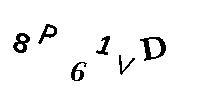
8P61VD